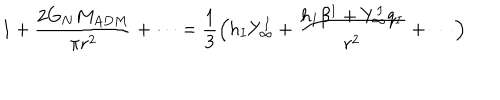
1 + { \frac { 2 G _ { N } M _ { A D M } } { \pi r ^ { 2 } } } + \cdots = { \frac { 1 } { 3 } } \Big ( h _ { I } Y _ { \infty } ^ { I } + { \frac { h _ { I } \beta ^ { I } + Y _ { \infty } ^ { I } q _ { I } } { r ^ { 2 } } } + \cdots \Big )